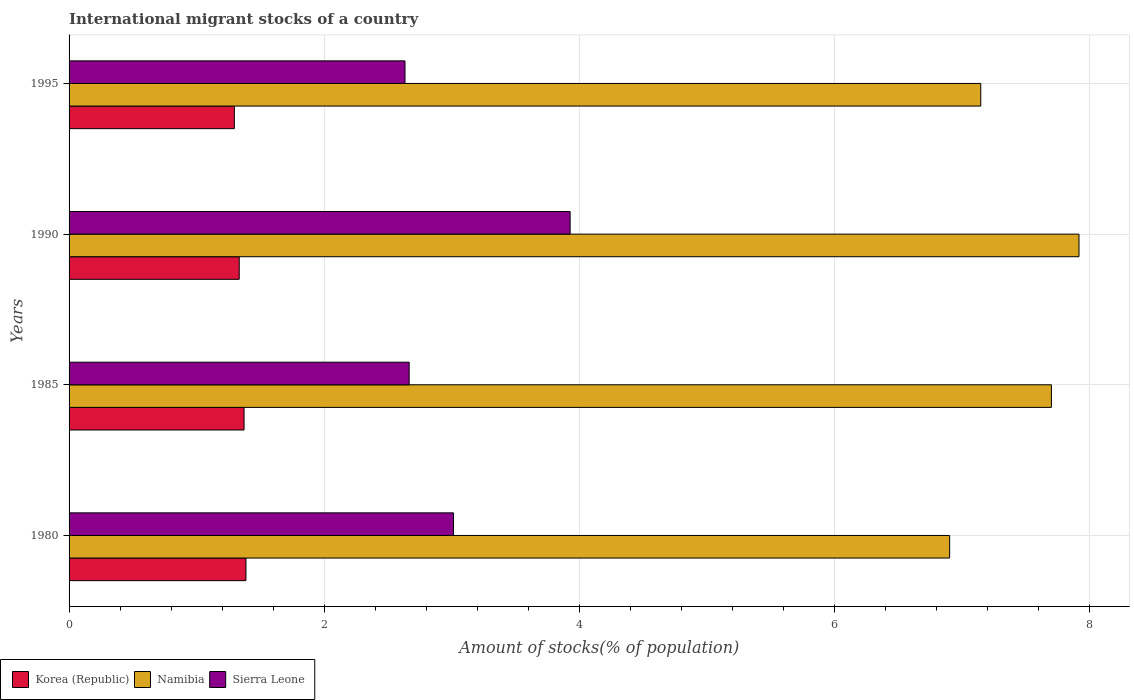
| Years | Korea (Republic) | Namibia | Sierra Leone |
 | --- | --- | --- | --- |
 | 1980 | 1.39 | 6.91 | 3.01 |
 | 1985 | 1.37 | 7.7 | 2.67 |
 | 1990 | 1.33 | 7.92 | 3.93 |
 | 1995 | 1.3 | 7.15 | 2.63 |